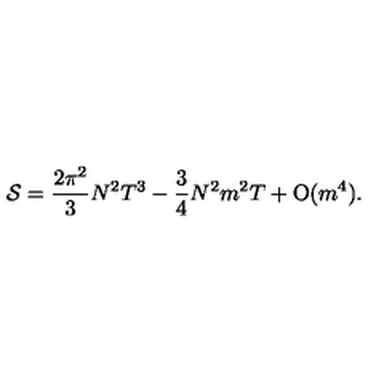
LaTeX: { \cal S } = \frac { 2 \pi ^ { 2 } } { 3 } N ^ { 2 } T ^ { 3 } - \frac { 3 } { 4 } N ^ { 2 } m ^ { 2 } T + \mathrm { O } ( m ^ { 4 } ) .